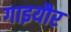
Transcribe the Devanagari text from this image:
गाइयौर